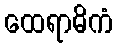
ထေရာဓိကံ